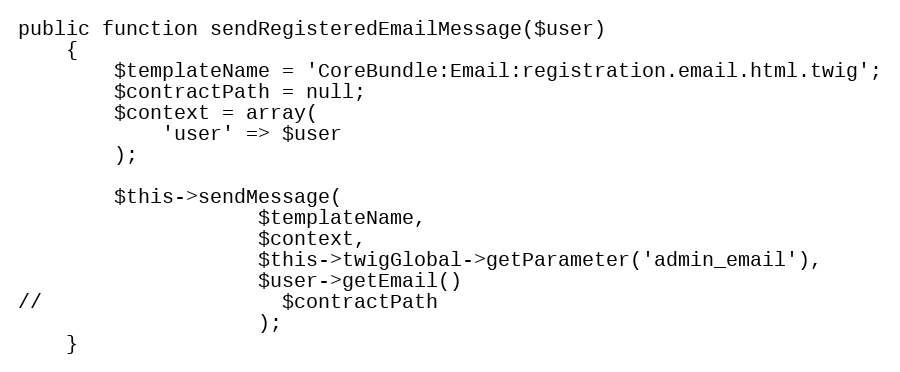
Language: PHP
public function sendRegisteredEmailMessage($user)
    {
        $templateName = 'CoreBundle:Email:registration.email.html.twig';
        $contractPath = null;
        $context = array(
            'user' => $user
        );

        $this->sendMessage(
                    $templateName,
                    $context,
                    $this->twigGlobal->getParameter('admin_email'),
                    $user->getEmail()
//                    $contractPath
                    );
    }